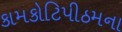
કામકોટિપીઠમના